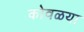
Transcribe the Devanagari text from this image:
कोवळया